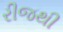
રીજથી